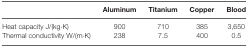
|  | Aluminum | Titanium | Copper | Blood |
 | --- | --- | --- | --- | --- |
 | Heat capacity J/(kg⋅K) | 900 | 710 | 385 | 3,650 |
 | Thermal conductivity W/(m⋅K) | 238 | 7.5 | 400 | 0.5 |